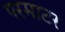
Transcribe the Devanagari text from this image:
परमाटर